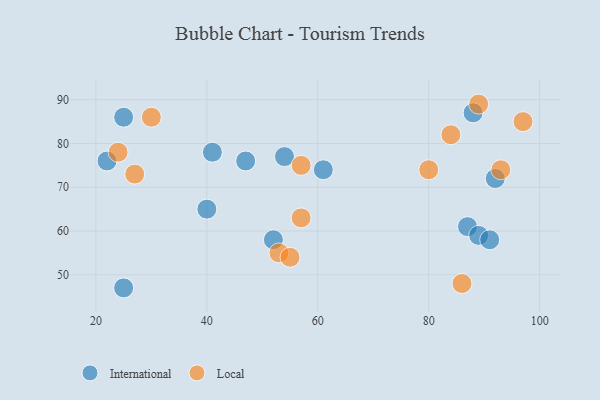
{"axis": {"x": "GDP", "y": "Life Expectancy"}, "legend": ["International", "Local"], "data": [{"x": "87", "y": 61, "type": "International"}, {"x": "54", "y": 77, "type": "International"}, {"x": "47", "y": 76, "type": "International"}, {"x": "25", "y": 47, "type": "International"}, {"x": "88", "y": 87, "type": "International"}, {"x": "52", "y": 58, "type": "International"}, {"x": "89", "y": 59, "type": "International"}, {"x": "40", "y": 65, "type": "International"}, {"x": "91", "y": 58, "type": "International"}, {"x": "41", "y": 78, "type": "International"}, {"x": "25", "y": 86, "type": "International"}, {"x": "22", "y": 76, "type": "International"}, {"x": "92", "y": 72, "type": "International"}, {"x": "61", "y": 74, "type": "International"}, {"x": "27", "y": 73, "type": "Local"}, {"x": "93", "y": 74, "type": "Local"}, {"x": "80", "y": 74, "type": "Local"}, {"x": "89", "y": 89, "type": "Local"}, {"x": "97", "y": 85, "type": "Local"}, {"x": "86", "y": 48, "type": "Local"}, {"x": "53", "y": 55, "type": "Local"}, {"x": "57", "y": 75, "type": "Local"}, {"x": "55", "y": 54, "type": "Local"}, {"x": "24", "y": 78, "type": "Local"}, {"x": "30", "y": 86, "type": "Local"}, {"x": "57", "y": 63, "type": "Local"}, {"x": "84", "y": 82, "type": "Local"}]}